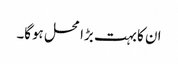
ان کا بہت بڑا محل ہوگا۔